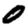
Digit: 0